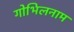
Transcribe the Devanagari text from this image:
गोभिलनाम